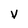
Character: V